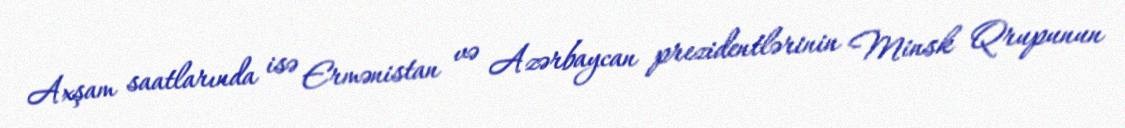
Axşam saatlarında isə Ermənistan və Azərbaycan prezidentlərinin Minsk Qrupunun